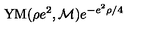
\mathrm { Y M } ( \rho e ^ { 2 } , { \cal M } ) e ^ { - e ^ { 2 } \rho / 4 }